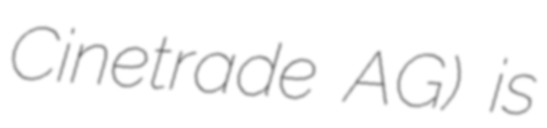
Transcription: Cinetrade AG) is